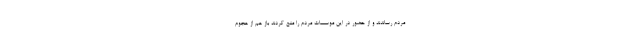
مردم رساندند و از حضور در این موسسات مردم را منع کردند باز هم از هجوم